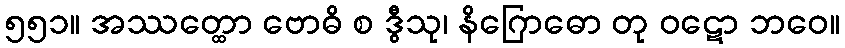
၅၅၁။ အဿတ္ထော ဗောဓိ စ ဒွီသု၊ နိဂြောဓော တု ဝဋော ဘဝေ။